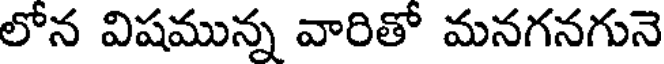
లోన విషమున్న వారితో మనగనగునె